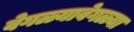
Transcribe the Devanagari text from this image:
वेगळ्यावेगळ्या